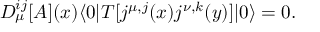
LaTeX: D _ { \mu } ^ { i j } [ A ] ( x ) \langle 0 | T [ j ^ { \mu , j } ( x ) j ^ { \nu , k } ( y ) ] | 0 \rangle = 0 .